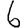
Digit: 6